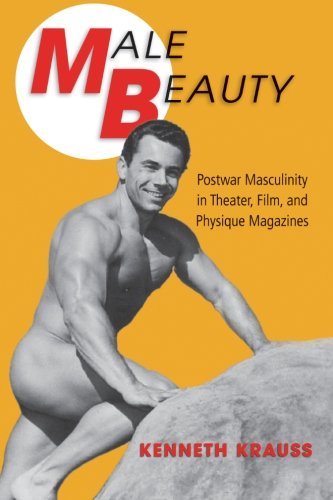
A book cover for Male Beauty: Postwar Masculinity in Theater, Film, and Physique Magazines; Kenneth Krauss; Literature & Fiction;